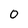
Character: 0